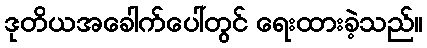
ဒုတိယအခေါက်ပေါ်တွင် ရေးထားခဲ့သည်။